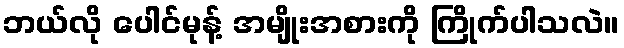
ဘယ်လို ပေါင်မုန့် အမျိုးအစားကို ကြိုက်ပါသလဲ။